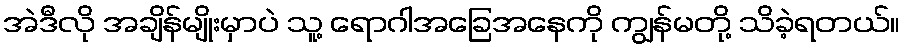
အဲဒီလို အချိန်မျိုးမှာပဲ သူ့ ရောဂါအခြေအနေကို ကျွန်မတို့ သိခဲ့ရတယ်။